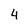
Character: 4